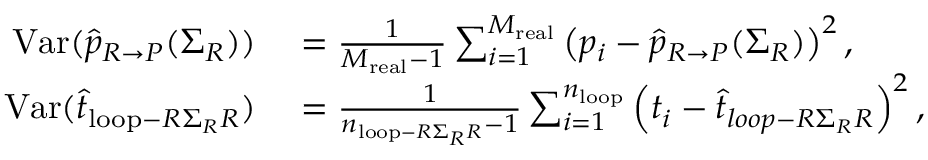
\begin{array} { r l } { \mathrm { V a r } ( \widehat { p } _ { R \rightarrow P } ( \Sigma _ { R } ) ) } & { { } = \frac { 1 } { M _ { \mathrm { r e a l } } - 1 } \sum _ { i = 1 } ^ { M _ { \mathrm { r e a l } } } \left( p _ { i } - \widehat { p } _ { R \rightarrow P } ( \Sigma _ { R } ) \right) ^ { 2 } , } \\ { \mathrm { V a r } ( \widehat { t } _ { \mathrm { l o o p } - R \Sigma _ { R } R } ) } & { { } = \frac { 1 } { n _ { \mathrm { l o o p } - R \Sigma _ { R } R } - 1 } \sum _ { i = 1 } ^ { n _ { \mathrm { l o o p } } } \left( t _ { i } - \widehat { t } _ { l o o p - R \Sigma _ { R } R } \right) ^ { 2 } , } \end{array}